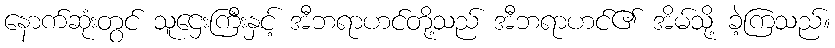
နောက်ဆုံးတွင် သူဌေးကြီးနှင့် အီဘရာဟင်တို့သည် အီဘရာဟင်၏ အိမ်သို့ ခဲ့ကြသည်။